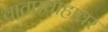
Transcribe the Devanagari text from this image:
वातप्रवाहावर